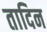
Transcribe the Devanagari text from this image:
तादिन